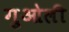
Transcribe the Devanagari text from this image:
गुओली